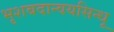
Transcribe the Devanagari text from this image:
भृशबदान्वयसिन्धू